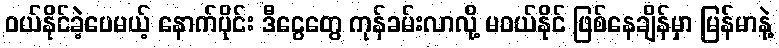
ဝယ်နိုင်ခဲ့ပေမယ့် နောက်ပိုင်း ဒီငွေတွေ ကုန်ခမ်းလာလို့ မဝယ်နိုင် ဖြစ်နေချိန်မှာ မြန်မာနဲ့